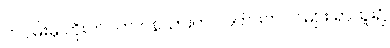
တဝှမ်းမှ ဟိုးဘဝက ငနဲသားက လက်ဖက်ပင်များ ရာထူး၌